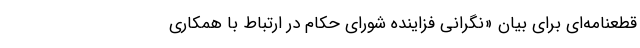
قطعنامه‌ای برای بیان «نگرانی فزاینده شورای حکام در ارتباط با همکاری